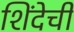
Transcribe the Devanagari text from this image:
शिंदेची